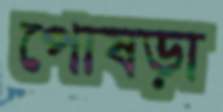
পোষড়া